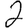
Digit: 2